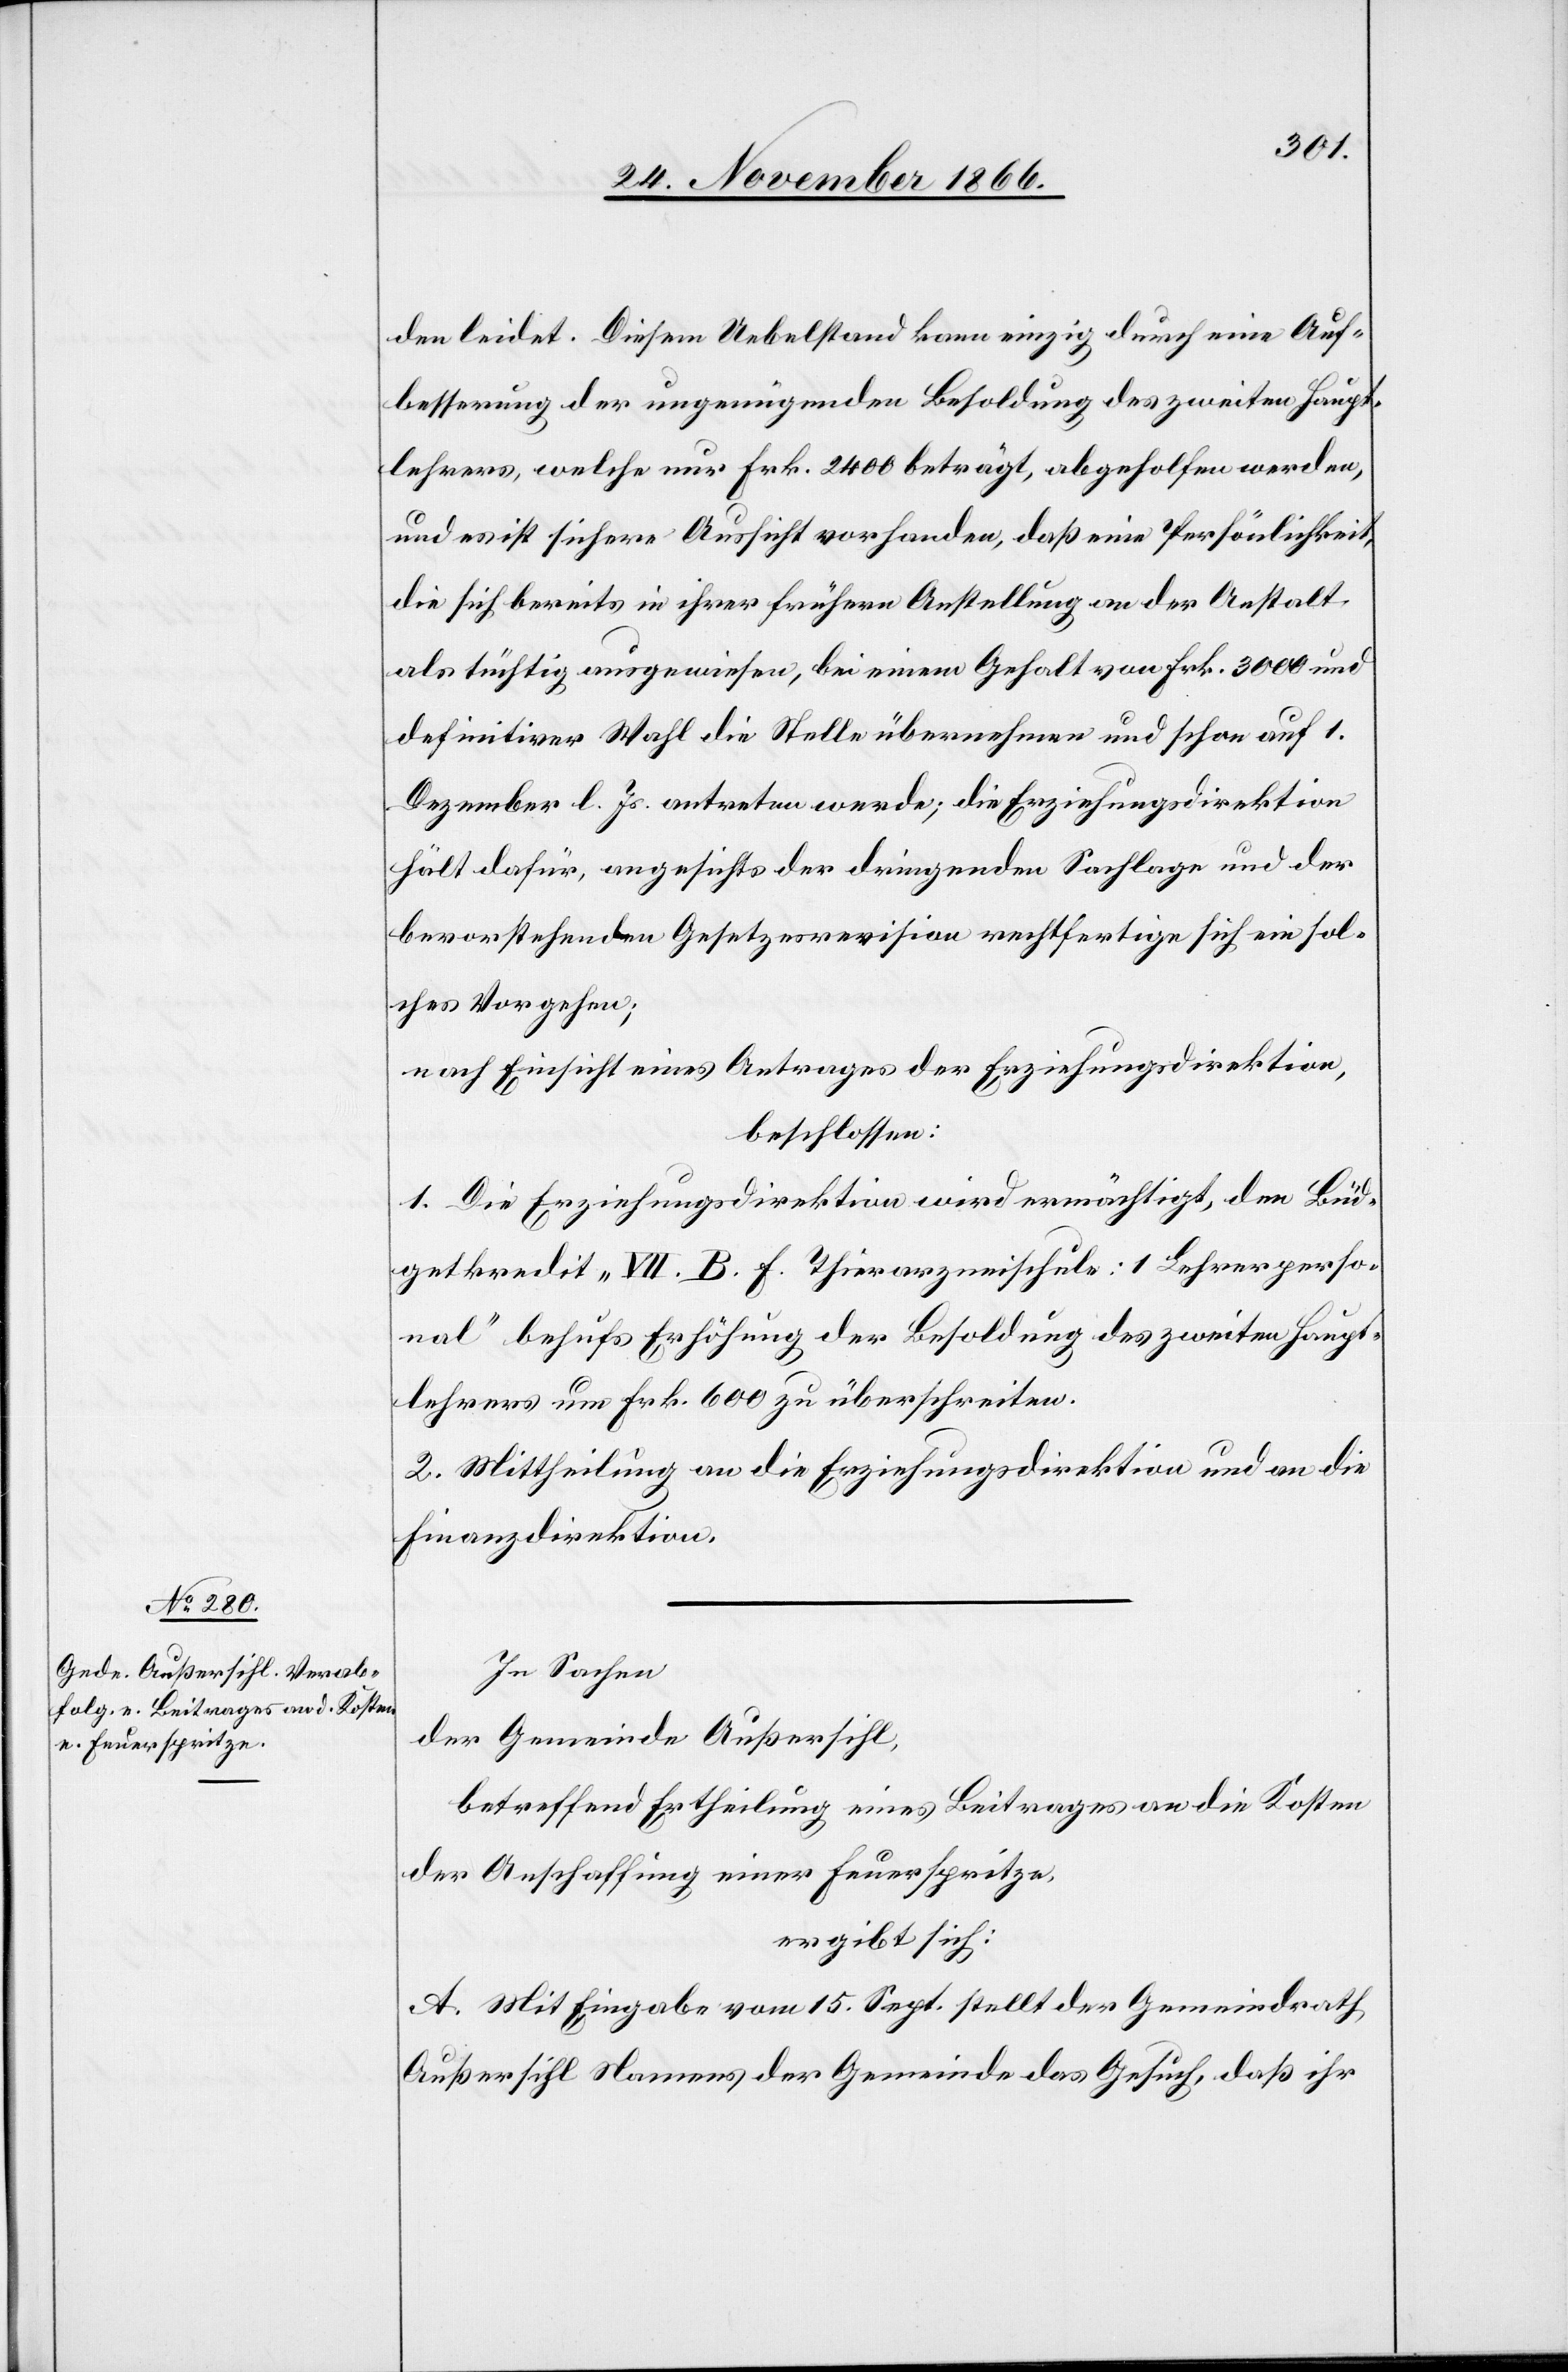
In Sachen
der Gemeinde Außersihl,
betreffend Ertheilung eines Beitrages an die Kosten
der Anschaffung einer Feuerspritze,
ergibt sich:
A. Mit Eingabe vom 15. Sept. stellt der Gemeindrath
Außersihl Namens der Gemeinde das Gesuch, daß ihr